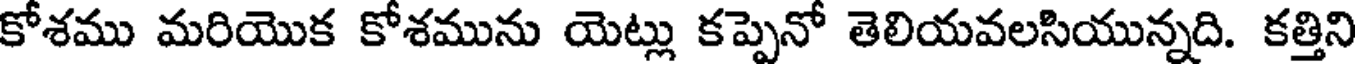
కోశము మరియొక కోశమును యెట్లు కప్పెనో తెలియవలసియున్నది. కత్తిని